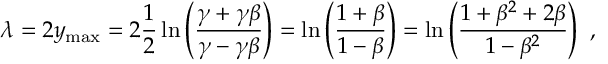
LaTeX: \lambda = 2 y _ { \mathrm { m a x } } = 2 \frac { 1 } { 2 } \ln \left( \frac { \gamma + \gamma \beta } { \gamma - \gamma \beta } \right) = \ln \left( \frac { 1 + \beta } { 1 - \beta } \right) = \ln \left( \frac { 1 + \beta ^ { 2 } + 2 \beta } { 1 - \beta ^ { 2 } } \right) ~ ,